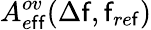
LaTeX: A_{e\mathsf{f}\mathsf{f}}^{ov}(\Delta\mathsf{f},\mathsf{f}_{re\mathsf{f}})